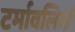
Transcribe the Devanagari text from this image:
टर्मावलियों